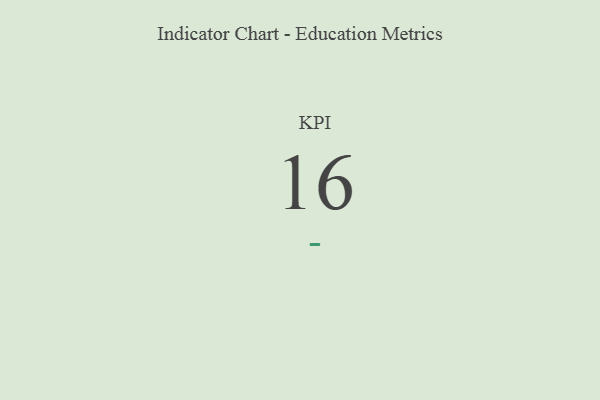
{"axis": {"x": "KPI", "y": "Value"}, "legend": [""], "data": [{"x": "KPI", "y": 16, "type": ""}]}